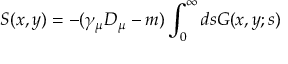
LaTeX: S ( x , y ) = - ( \gamma _ { \mu } D _ { \mu } - m ) \int _ { 0 } ^ { \infty } d s { \cal G } ( x , y ; s )